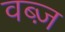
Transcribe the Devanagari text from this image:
वब्ज़